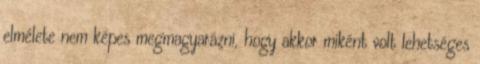
elmélete nem képes megmagyarázni, hogy akkor miként volt lehetséges